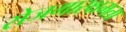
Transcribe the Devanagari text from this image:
रोजगारक्षमता